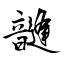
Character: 韼